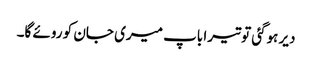
دیر ہوگئی تو تیرا باپ میری جان کو روئے گا۔